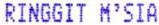
RINGGIT M'SIA